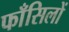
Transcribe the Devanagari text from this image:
फाँसिलों